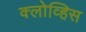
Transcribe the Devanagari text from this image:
क्लोव्हिस